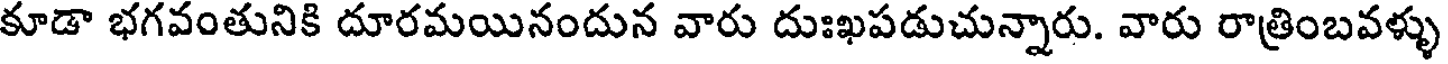
కూడా భగవంతునికి దూరమయినందున వారు దుఃఖపడుచున్నారు. వారు రాత్రింబవళ్ళు